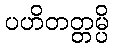
ပဟိတတ္တမ္ပိ